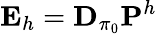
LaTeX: \mathbf{E}_{h}=\mathbf{D}_{\pi_{0}}\mathbf{P}^{h}